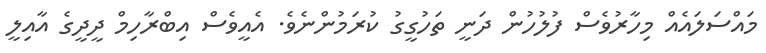
މައްސަލައެއް މިހާރުވެސް ފުލުހުން ދަނީ ތަހުގީގު ކުރަމުންނެވެ. އެއީވެސް އިބްރާހިމް ދީދީގެ އާއިލީ